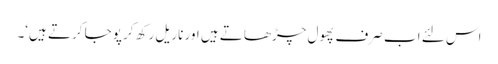
اس لئے اب صرف پھول چڑھاتے ہیں اور ناریل رکھ کر پوجا کرتے ہیں‘۔